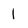
Character: 1